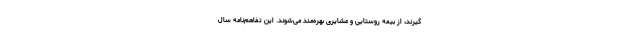
گیرند، از بیمه روستایی و عشایری بهره‌مند می‌شوند. این تفاهم‌نامه سال